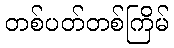
တစ်ပတ်တစ်ကြိမ်